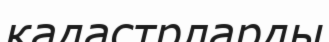
кадастрларды